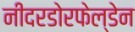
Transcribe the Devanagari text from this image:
नीदरडोरफेल्डेन